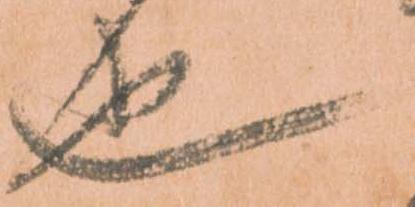
也